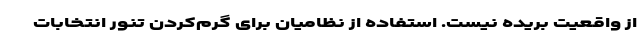
از واقعیت بریده نیست. استفاده از نظامیان برای گرم‌کردن تنور انتخابات